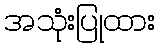
အသုံးပြုထား